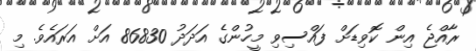
ރާއްޖެ އިން ކޮވިޑަށް ފައްސިވި މީހުންގެ އަދަދު 86830 އަށް އަރައެވެ. މި